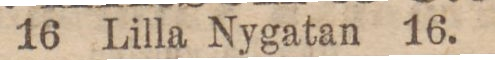
16 Lilla Nygatan 16.